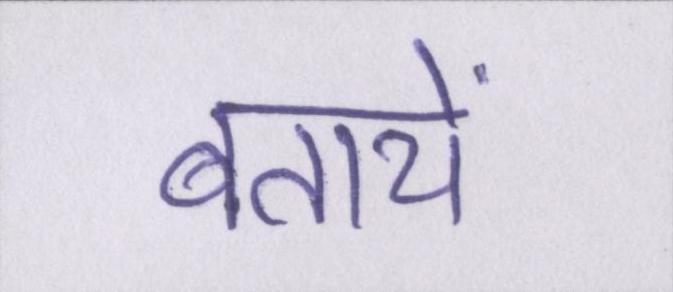
बतायें